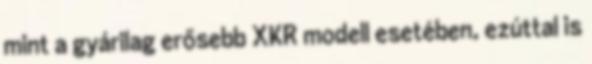
mint a gyárilag erősebb XKR modell esetében, ezúttal is